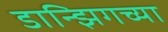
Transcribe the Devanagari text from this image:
डान्झिगच्या